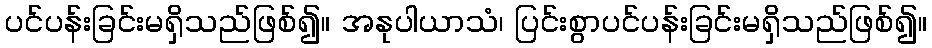
ပင်ပန်းခြင်းမရှိသည်ဖြစ်၍။ အနုပါယာသံ၊ ပြင်းစွာပင်ပန်းခြင်းမရှိသည်ဖြစ်၍။